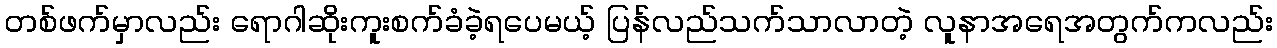
တစ်ဖက်မှာလည်း ရောဂါဆိုးကူးစက်ခံခဲ့ရပေမယ့် ပြန်လည်သက်သာလာတဲ့ လူနာအရေအတွက်ကလည်း